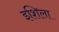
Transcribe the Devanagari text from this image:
इशिला